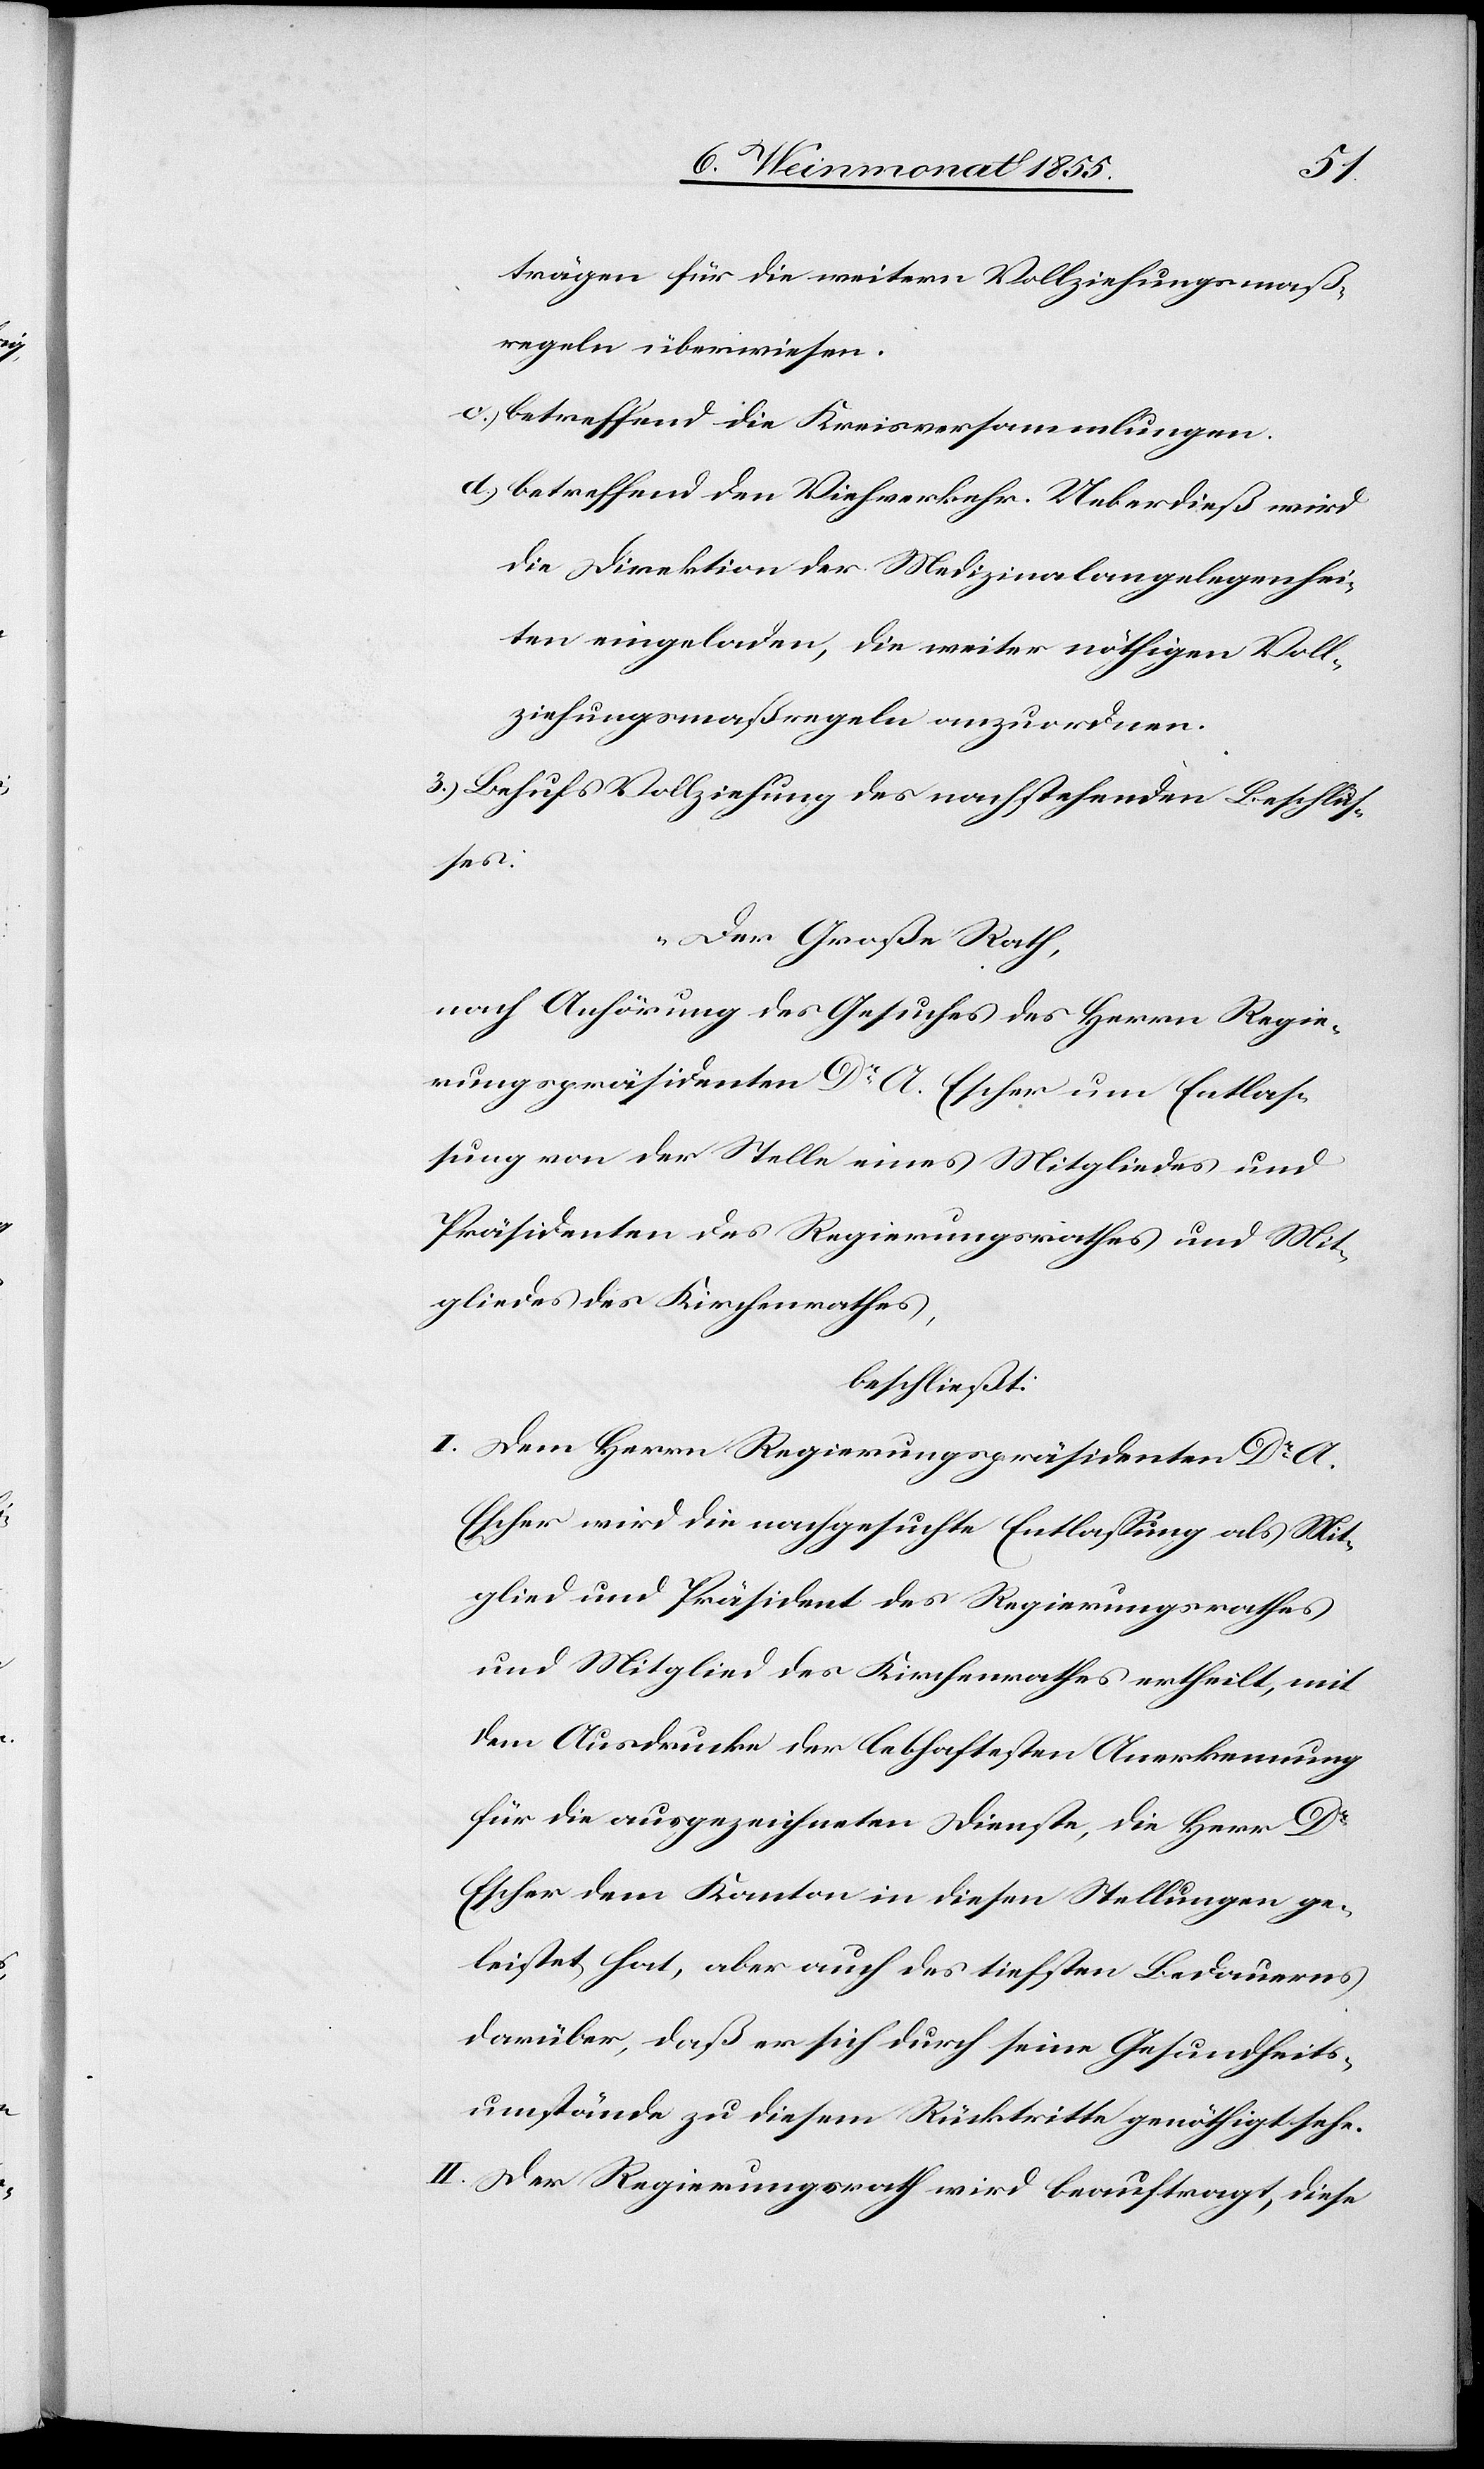
3.)
trägen für die weitern Vollziehungsmaß¬
regeln überwiesen.
betreffend die Kreisversammlungen.
betreffend den Viehverkehr. Ueberdieß wird
die Direktion der Medizinalangelegenhei¬
ten eingeladen, die weiter nöthigen Voll¬
ziehungsmaßregeln anzuordnen.
Behufs Vollziehung des nachstehenden Beschlus¬
ses:
„Der Große Rath,
nach Anhörung des Gesuches des Herrn Regie¬
rungspräsidenten Dr A. Escher um Entlas¬
sung von der Stelle eines Mitgliedes und
Präsidenten des Regierungsrathes und Mit¬
gliedes des Kirchenrathes,
beschließt:
Dem Herrn Regierungspräsidenten Dr A.
Escher wird die nachgesuchte Entlassung als Mit¬
glied und Präsident des Regierungsrathes
und Mitglied des Kirchenrathes ertheilt, mit
dem Ausdrucke der lebhaftesten Anerkennung
für die ausgezeichneten Dienste, die Herr Dr
Escher dem Kanton in diesen Stellungen ge¬
leistet hat, aber auch des tiefsten Bedauerns
darüber, daß er sich durch seine Gesundheits¬
umstände zu diesem Rücktritte genöthigt sehe.
Der Regierungsrath wird beauftragt, diese